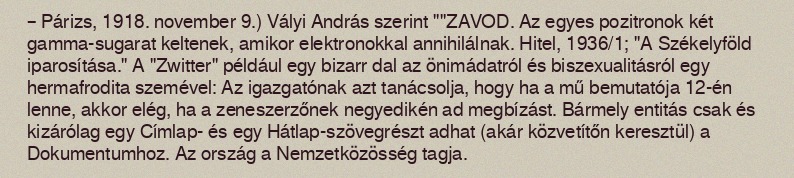
– Párizs, 1918. november 9.) Vályi András szerint ""ZAVOD. Az egyes pozitronok két gamma-sugarat keltenek, amikor elektronokkal annihilálnak. Hitel, 1936/1; "A Székelyföld iparosítása." A "Zwitter" például egy bizarr dal az önimádatról és biszexualitásról egy hermafrodita szemével: Az igazgatónak azt tanácsolja, hogy ha a mű bemutatója 12-én lenne, akkor elég, ha a zeneszerzőnek negyedikén ad megbízást. Bármely entitás csak és kizárólag egy Címlap- és egy Hátlap-szövegrészt adhat (akár közvetítőn keresztül) a Dokumentumhoz. Az ország a Nemzetközösség tagja.